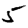
Digit: 5